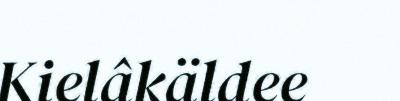
Kielâkäldee